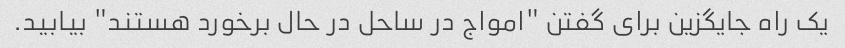
یک راه جایگزین برای گفتن "امواج در ساحل در حال برخورد هستند" بیابید.